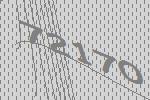
72170